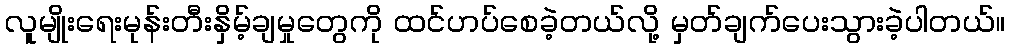
လူမျိုးရေးမုန်းတီးနှိမ့်ချမှုတွေကို ထင်ဟပ်စေခဲ့တယ်လို့ မှတ်ချက်ပေးသွားခဲ့ပါတယ်။